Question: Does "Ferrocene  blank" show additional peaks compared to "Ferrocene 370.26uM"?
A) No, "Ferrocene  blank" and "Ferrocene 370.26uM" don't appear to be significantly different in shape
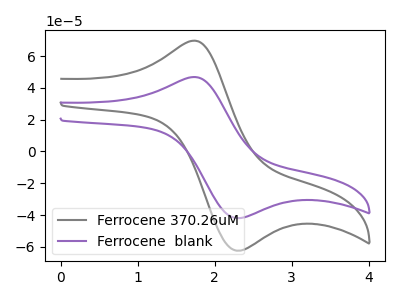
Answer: <think>The gray curve "Ferrocene 370.26uM" has an anodic peak at (1.70V, 69.60uA) and a cathodic peak at (2.35V, -62.35uA). The purple curve "Ferrocene  blank" has an anodic peak at (1.70V, 46.75uA) and a cathodic peak at (2.35V, -41.90uA).
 All the peaks in "Ferrocene  blank" have a peak in "Ferrocene 370.26uM" at the same potential. Every peak in "Ferrocene  blank" is lower than every peak in "Ferrocene 370.26uM".</think>
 <answer>A) No, "Ferrocene  blank" and "Ferrocene 370.26uM" don't appear to be significantly different in shape</answer>
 <eval>A</eval>